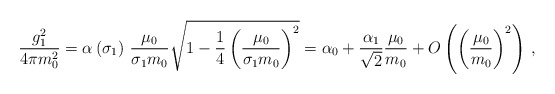
\begin{align*}\frac{g_1^2}{4\pi m_0^2}=\alpha\left(\sigma_1\right)\,\frac{\mu_0}{\sigma_1m_0}\sqrt{1-\frac{1}{4}\left(\frac{\mu_0}{\sigma_1m_0}\right)^2}=\alpha_0+\frac{\alpha_1}{\sqrt{2}}\frac{\mu_0}{m_0}+O\left(\left(\frac{\mu_0}{ m_0}\right)^2\right)\,,\end{align*}